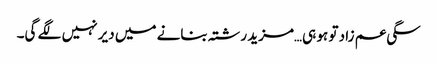
سگی عم زاد تو ہو ہی…مزید رشتہ بنانے میں دیر نہیں لگے گی۔